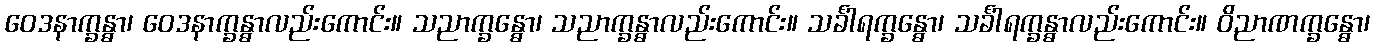
ဝေဒနာက္ခန္ဓာ၊ ဝေဒနာက္ခန္ဓာလည်းကောင်း။ သညာက္ခန္ဓော၊ သညာက္ခန္ဓာလည်းကောင်း။ သင်္ခါရက္ခန္ဓော၊ သင်္ခါရက္ခန္ဓာလည်းကောင်း။ ဝိညာဏက္ခန္ဓော၊